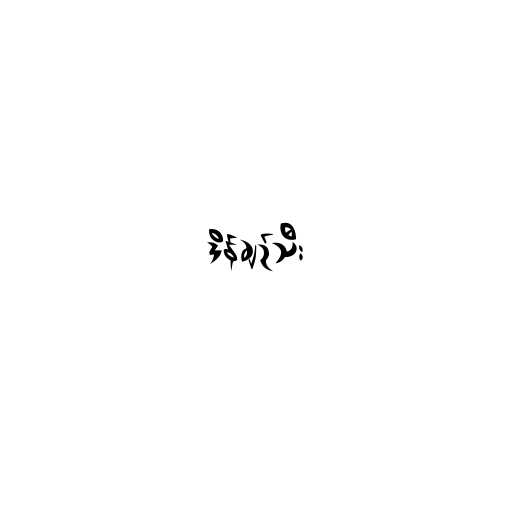
ဒိန်ချဉ်သီး